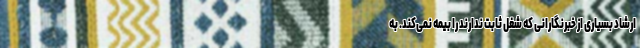
ارشاد بسیاری از خبرنگارانی که شغل ثابت ندارند را بیمه نمی‌کند. به